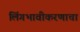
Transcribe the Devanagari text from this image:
लिंगभावीकरणाचा